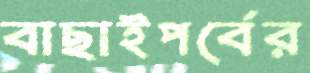
বাছাইপর্বের